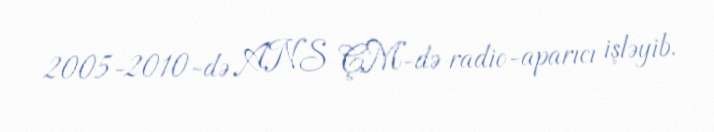
2005-2010-də ANS ÇM-də radio-aparıcı işləyib.